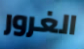
الغرور